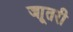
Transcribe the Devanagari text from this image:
जाूतरी